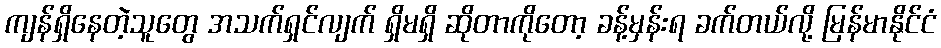
ကျန်ရှိနေတဲ့သူတွေ အသက်ရှင်လျက် ရှိမရှိ ဆိုတာကိုတော့ ခန့်မှန်းရ ခက်တယ်လို့ မြန်မာနိုင်ငံ